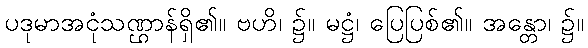
ပဒုမာအငုံသဏ္ဌာန်ရှိ၏။ ဗဟိ၊ ၌။ မဋ္ဌံ၊ ပြေပြစ်၏။ အန္တော၊ ၌။